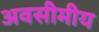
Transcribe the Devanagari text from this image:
अवसीमीय